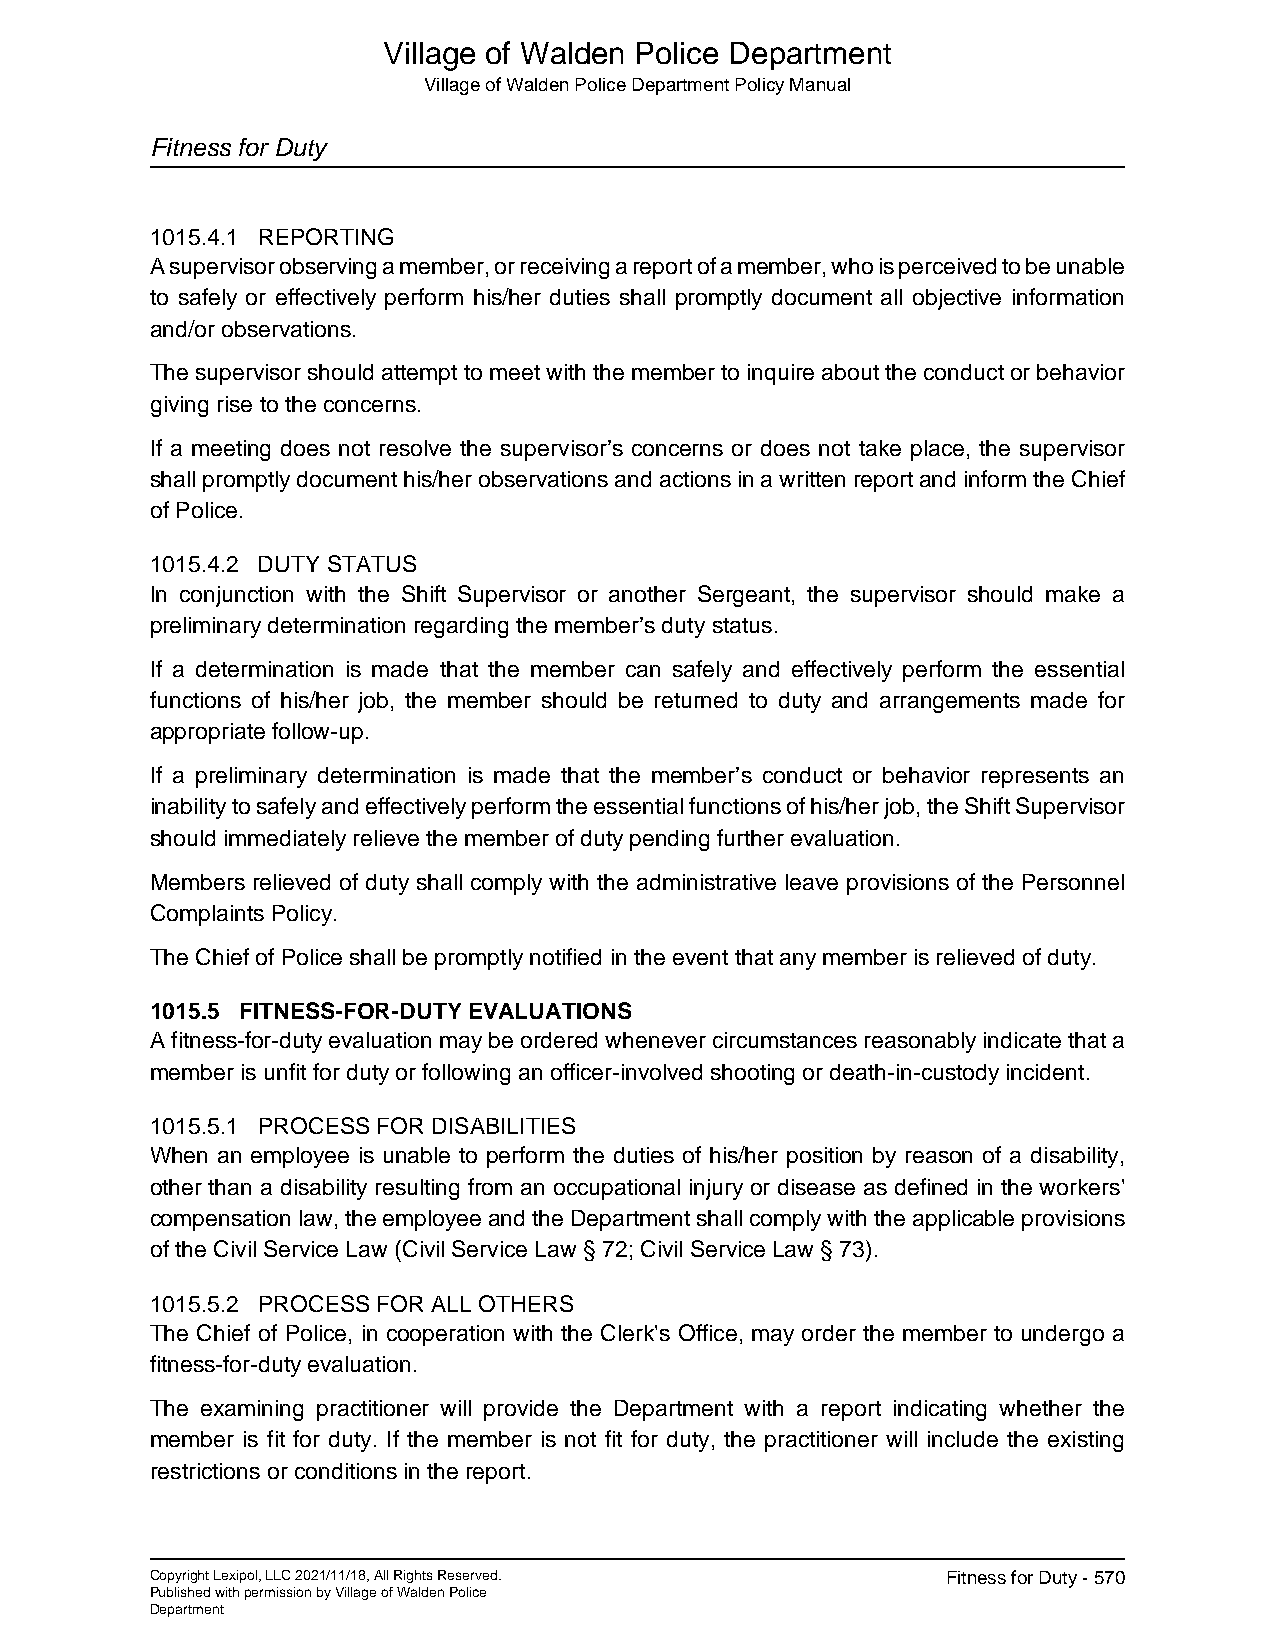
Village of Walden Police Department
 Village of Walden Police Department Policy Manual
 Fitness for Duty
 1015.4.1 REPORTING
 A supervisor observing a member, or receiving a report of a member, who is perceived to be unable
 to safely or effectively perform his/her duties shall promptly document all objective information
 and/or observations.
 The supervisor should attempt to meet with the member to inquire about the conduct or behavior
 giving rise to the concerns.
 If a meeting does not resolve the supervisor’s concerns or does not take place, the supervisor
 shall promptly document his/her observations and actions in a written report and inform the Chief
 of Police.
 1015.4.2 DUTY STATUS
 In conjunction with the Shift Supervisor or another Sergeant, the supervisor should make a
 preliminary determination regarding the member’s duty status.
 If a determination is made that the member can safely and effectively perform the essential
 functions of his/her job, the member should be returned to duty and arrangements made for
 appropriate follow-up.
 If a preliminary determination is made that the member’s conduct or behavior represents an
 inability to safely and effectively perform the essential functions of his/her job, the Shift Supervisor
 should immediately relieve the member of duty pending further evaluation.
 Members relieved of duty shall comply with the administrative leave provisions of the Personnel
 Complaints Policy.
 The Chief of Police shall be promptly notified in the event that any member is relieved of duty.
 1015.5 FITNESS-FOR-DUTY EVALUATIONS
 A fitness-for-duty evaluation may be ordered whenever circumstances reasonably indicate that a
 member is unfit for duty or following an officer-involved shooting or death-in-custody incident.
 1015.5.1 PROCESS FOR DISABILITIES
 When an employee is unable to perform the duties of his/her position by reason of a disability,
 other than a disability resulting from an occupational injury or disease as defined in the workers'
 compensation law, the employee and the Department shall comply with the applicable provisions
 of the Civil Service Law (Civil Service Law § 72; Civil Service Law § 73).
 1015.5.2 PROCESS FOR ALL OTHERS
 The Chief of Police, in cooperation with the Clerk's Office, may order the member to undergo a
 fitness-for-duty evaluation.
 The examining practitioner will provide the Department with a report indicating whether the
 member is fit for duty. If the member is not fit for duty, the practitioner will include the existing
 restrictions or conditions in the report.
 Copyright Lexipol, LLC 2021/11/18, All Rights Reserved. Fitness for Duty - 570
 Published with permission by Village of Walden Police
 Department